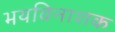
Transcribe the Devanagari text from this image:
भयविनाशक